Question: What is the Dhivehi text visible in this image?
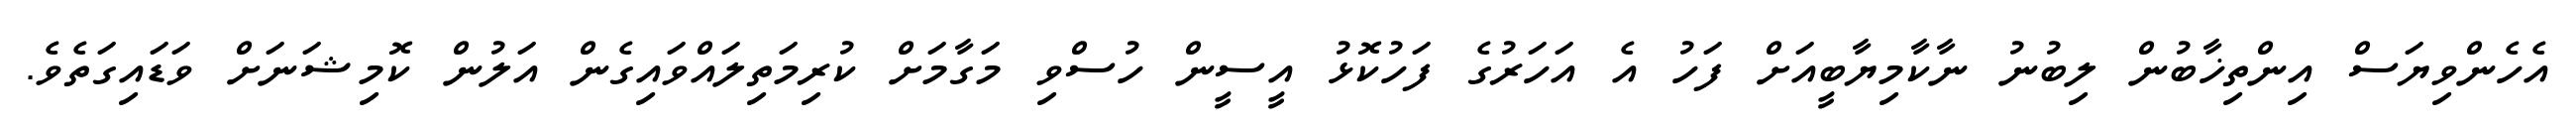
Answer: އެހެންވިޔަސް އިންތިޚާބުން ލިބުނު ނާކާމިޔާބީއަށް ފަހު އެ އަހަރުގެ ފަހުކޮޅު އީސީން ހުސްވި މަގާމަށް ކުރިމަތިލައްވައިގެން އަލުން ކޮމިޝަނަށް ވަޑައިގަތެވެ.